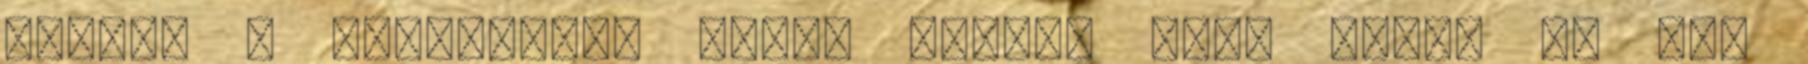
kiírni a sorozatból olyan hamar? Csak ebben az egy